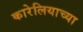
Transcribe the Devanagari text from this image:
कारेलियाच्या